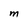
Character: M